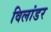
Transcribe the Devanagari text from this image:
विलांडर